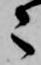
々